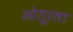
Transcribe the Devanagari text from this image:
ओतूरला